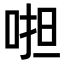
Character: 𠵆